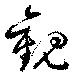
観